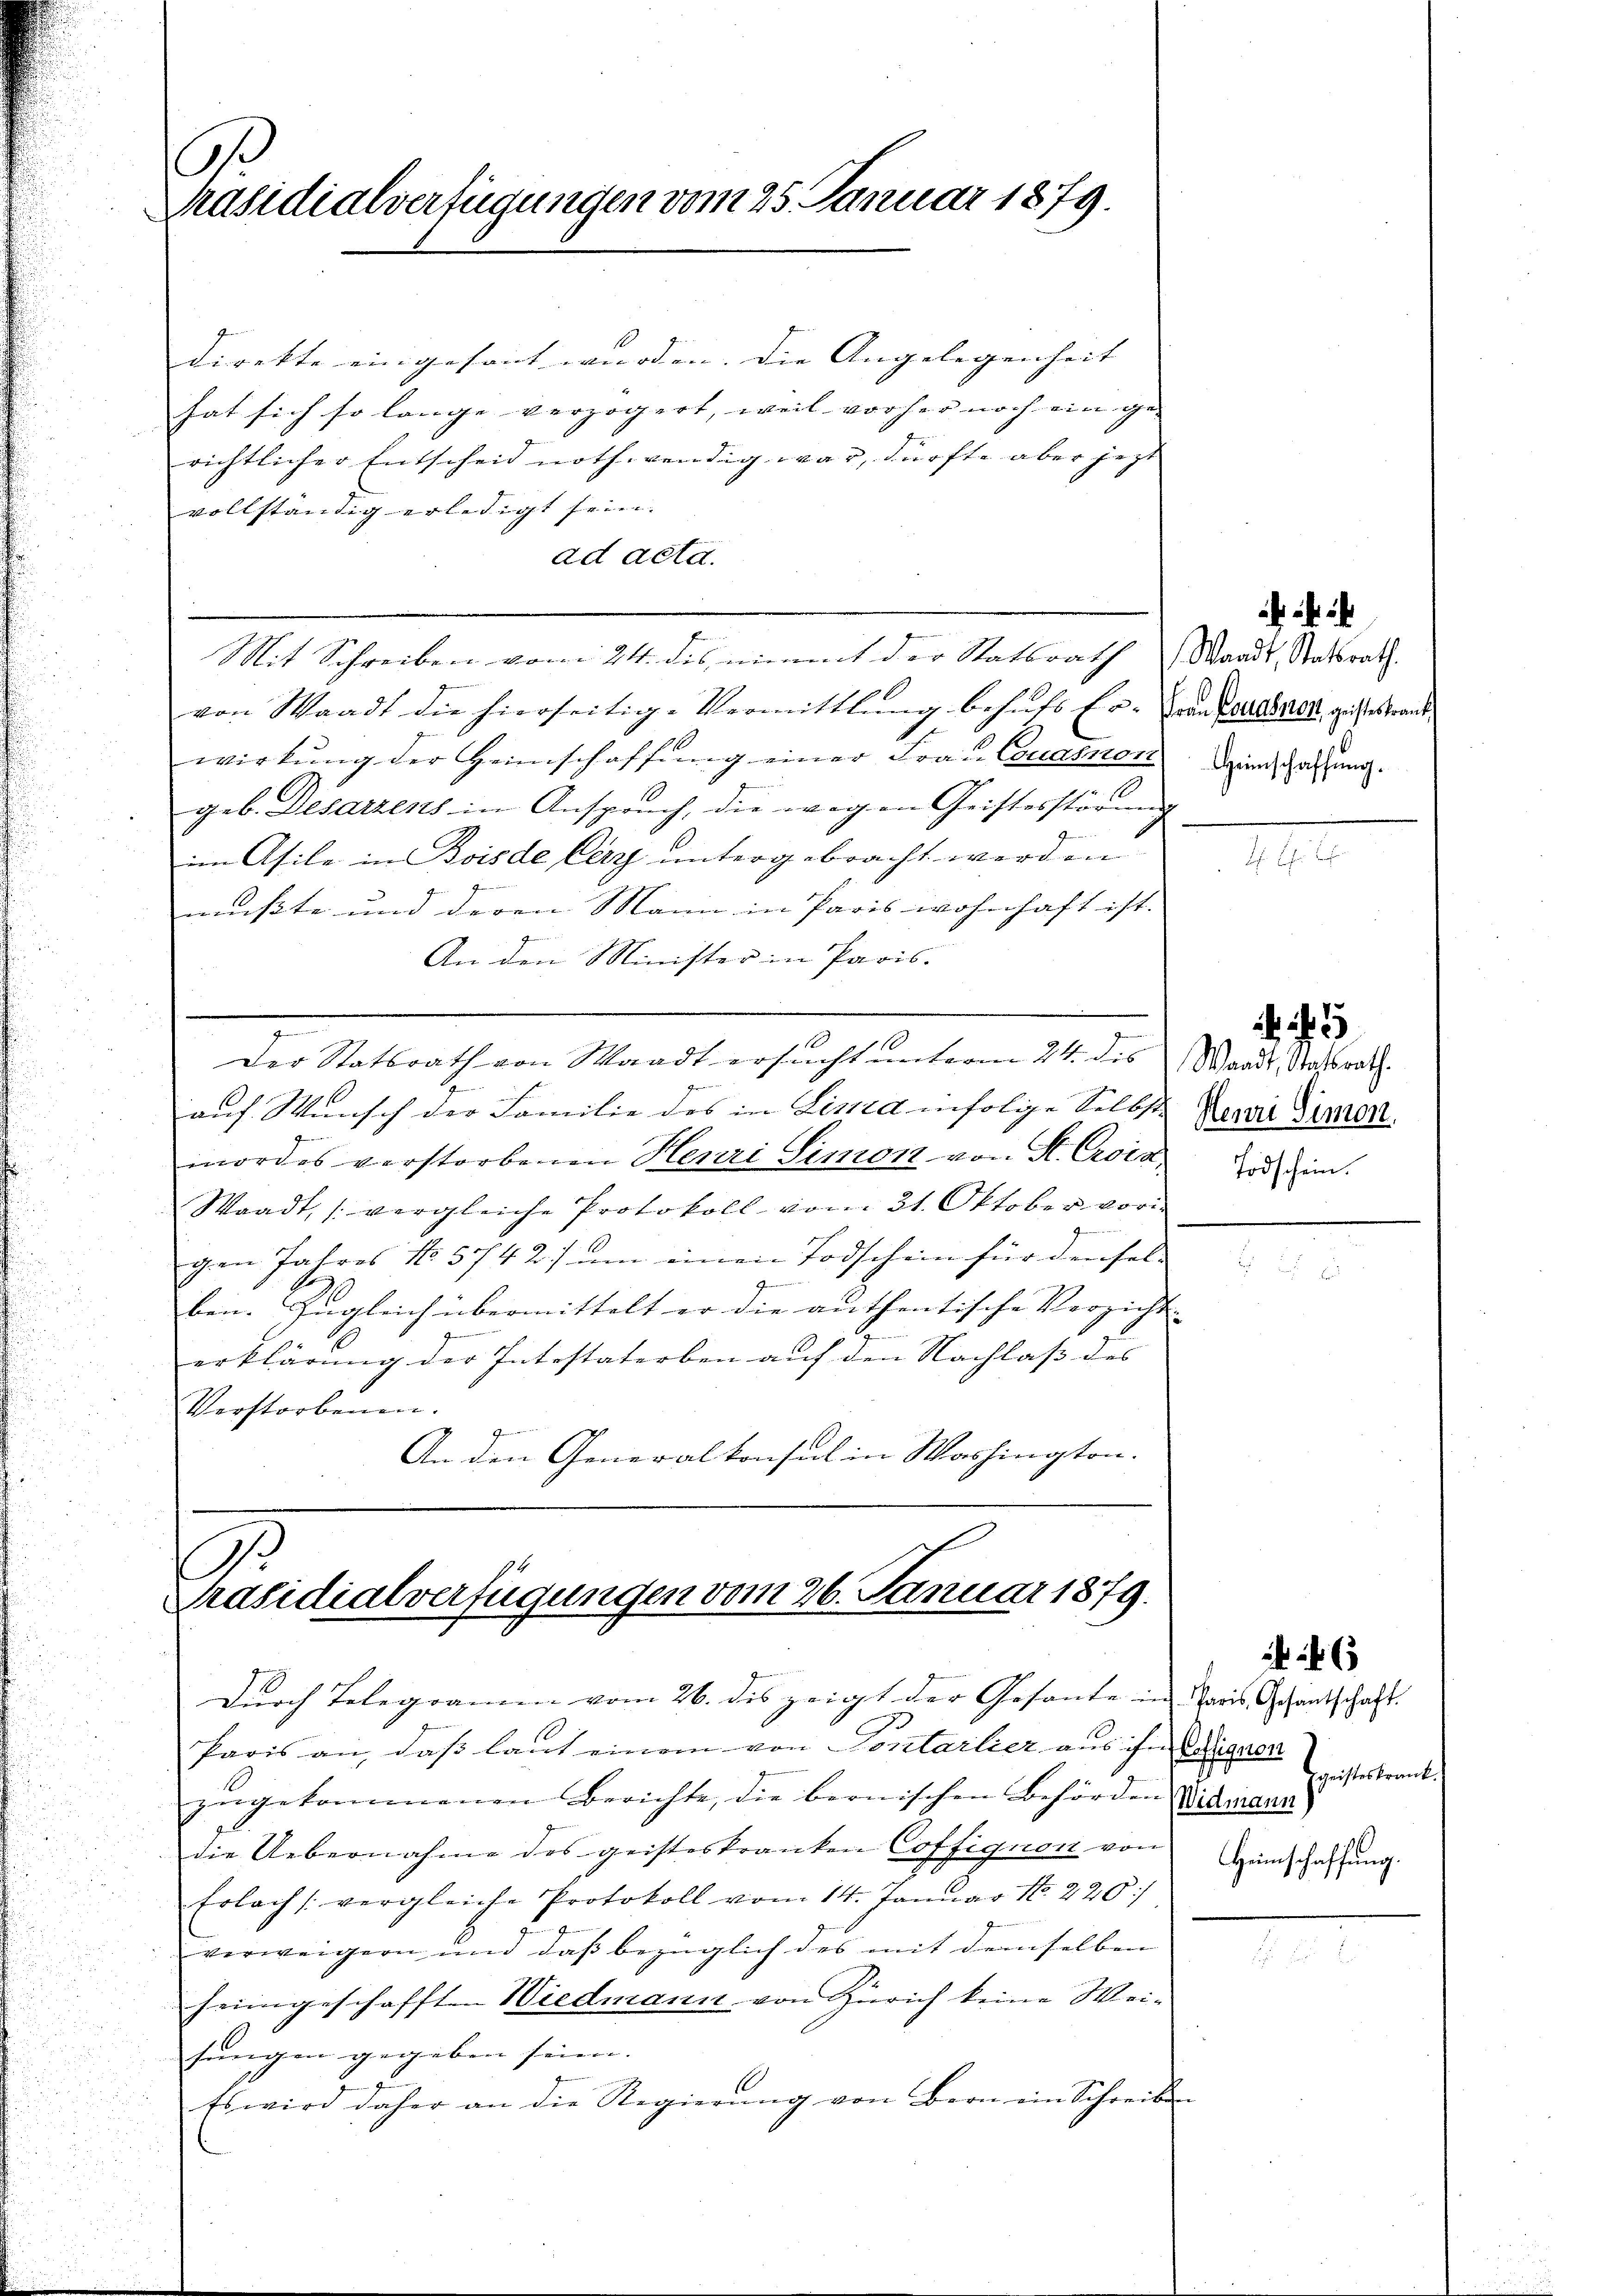
G
Präsidialverfügungen vom 25. Januar 1879.

direkte eingesant wurden. Die Angelegenheit |
hat sich so lange verzögert, weil vorher noch ein ge-
richtlicher Entscheid nothwendig war, dürfte aber jezt
vollständig erledigt sein.
ad acta.
Mit Schreiben vom 24. des nimmt der Statsrath Waadt, Staatsrath.
von Waadt die hierseitige Vermittlung behŭfs Er- von Fabrik, geistes trankwirkŭng der Heimschaffŭng einer Frau Couasnon die Haftung.
geb. Desarzens in Anspruch, die wegen Geistesstörung
im Afile in Bois de Cery untergebracht werden
mußte und deren Mann in Paris wohnhaft ist.
An den Minister in Paris.

Der Statsrath von Waadt ersucht unterm 24. des Waadt, Statsrath.
auf Wunsch der Familie des in Lista infolige Selbst-
mordes verstorbenen Heuri Simon von St. Croca
Waadt, (vergleiche Protokoll vom 31. Oktober vori
gen Jahres No 5742) um einen Todschein für densel-
g
ben. Zugleich übermittelt er die anthentische Verzicht |
erklärung der Intestaterben auf den Nachlaß des
Verstorbenen.
An den Generalkonsul in Washington.

.
Präsidialverfügungen vom 26. Januar 1879.

Durch Telegramm vom 26. des zeigt der Gesante in Paris Gesantschaft.

Paris an, daß laut einem von Sontarlier aus ihn Aignen
zŭgekommenen Berichte, die bernischen Behörden Widmann)
die Uebernahme des geisteskranken Coffignon von
Erlach /: vergleiche Protokoll vom 14. Januar No. 220
verweigern und daß bezüglich des mit demselben
heimgeschafften Wiedmann von Zürich keine Weisungen gegeben seien.
Es wird daher an die Regierŭng von Bern ein Schreiben

Henri Simon
Todschein.

Honisteskrank
Heimschaffung.